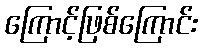
ကြောင့်ဖြစ်ကြောင်း